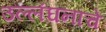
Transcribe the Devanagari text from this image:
उल्लंघनांचे